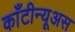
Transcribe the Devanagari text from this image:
काँटीन्यूअस